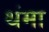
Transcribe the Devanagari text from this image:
थंमा